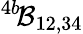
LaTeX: {^{4b}\! {\cal B}_{12,34}}